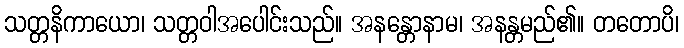
သတ္တနိကာယော၊ သတ္တဝါအပေါင်းသည်။ အနန္တောနာမ၊ အနန္တမည်၏။ တတောပိ၊